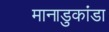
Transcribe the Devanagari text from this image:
मानाडुकांडा